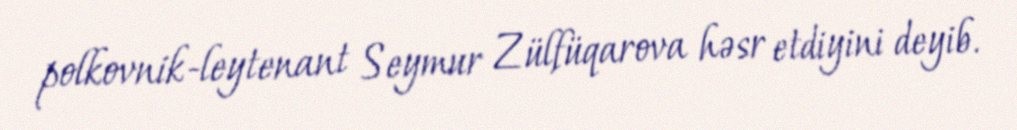
polkovnik-leytenant Seymur Zülfüqarova həsr etdiyini deyib.